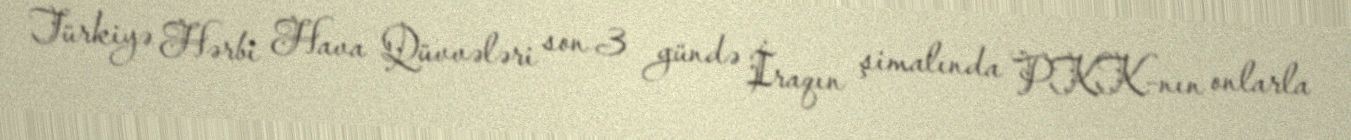
Türkiyə Hərbi Hava Qüvvələri son 3 gündə İraqın şimalında PKK-nın onlarla